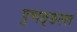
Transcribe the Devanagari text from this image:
पुष्पङ्ङल्ल